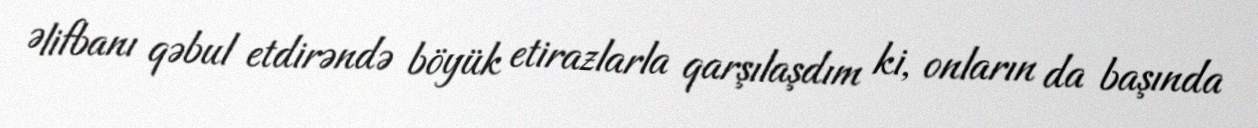
Əlifbanı qəbul etdirəndə böyük etirazlarla qarşılaşdım ki, onların da başında